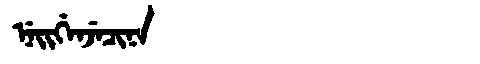
Manchu: ᠨᡝᡳᡤᡝᠨᠵᡝᠴᡳᠨᠠ
Romanization: NEIGENJECINA